画像に写った文字を読んでください
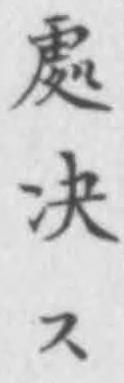
「處决ス」と書いてあります